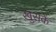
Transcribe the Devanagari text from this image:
ख़ुराकें